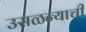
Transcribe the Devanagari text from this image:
उसळन्याची